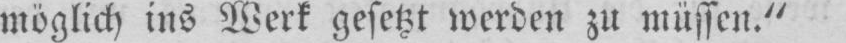
möglich ins Werk gesetzt werden zu müssen.“